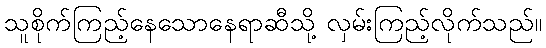
သူစိုက်ကြည့်နေသောနေရာဆီသို့ လှမ်းကြည့်လိုက်သည်။